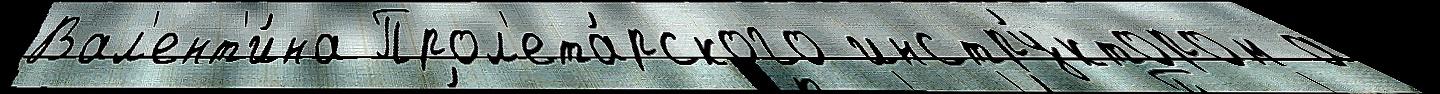
Вал'ент'и́на Прол'ета́рского инстру́ктором а